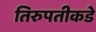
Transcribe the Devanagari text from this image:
तिरुपतीकडे